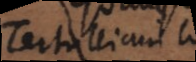
Tertullianus lib.